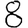
Digit: 8